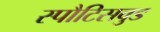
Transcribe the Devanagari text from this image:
स्पौटिसवुड